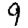
Digit: 9